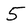
Character: 5